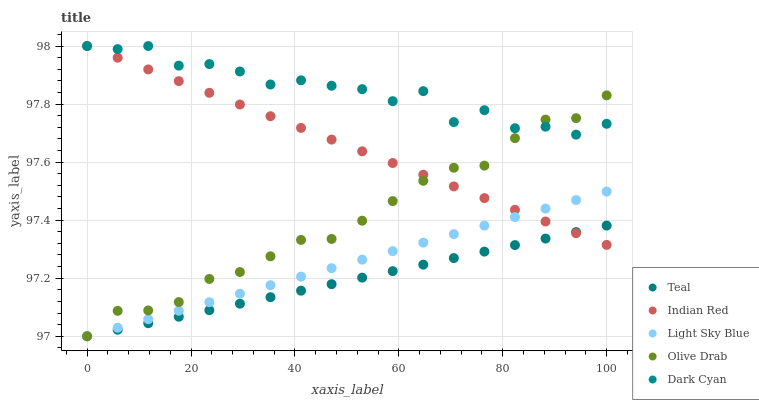
| xaxis_label | Teal | Indian Red | Light Sky Blue | Olive Drab | Dark Cyan |
 | --- | --- | --- | --- | --- | --- |
 | 0 | 97 | 98 | 97 | 97 | 98 |
 | 5.88 | 97 | 98 | 97 | 97.1 | 98 |
 | 11.8 | 97 | 97.9 | 97.1 | 97.1 | 98 |
 | 17.6 | 97.1 | 97.9 | 97.1 | 97.1 | 97.9 |
 | 23.5 | 97.1 | 97.8 | 97.1 | 97.2 | 97.9 |
 | 29.4 | 97.1 | 97.8 | 97.1 | 97.2 | 97.9 |
 | 35.3 | 97.1 | 97.8 | 97.2 | 97.3 | 97.9 |
 | 41.2 | 97.2 | 97.7 | 97.2 | 97.3 | 97.9 |
 | 47.1 | 97.2 | 97.7 | 97.2 | 97.3 | 97.9 |
 | 52.9 | 97.2 | 97.6 | 97.3 | 97.4 | 97.9 |
 | 58.8 | 97.2 | 97.6 | 97.3 | 97.5 | 97.8 |
 | 64.7 | 97.2 | 97.6 | 97.3 | 97.5 | 97.8 |
 | 70.6 | 97.3 | 97.5 | 97.4 | 97.6 | 97.7 |
 | 76.5 | 97.3 | 97.5 | 97.4 | 97.6 | 97.8 |
 | 82.4 | 97.3 | 97.4 | 97.4 | 97.7 | 97.7 |
 | 88.2 | 97.3 | 97.4 | 97.4 | 97.7 | 97.7 |
 | 94.1 | 97.4 | 97.4 | 97.5 | 97.8 | 97.7 |
 | 100 | 97.4 | 97.3 | 97.5 | 97.8 | 97.7 |